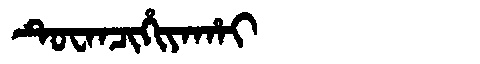
Manchu: ᡨᡠᠸᠠᠨᠴᡳᡥᡳᠶᠠᡥᠠᡳ
Romanization: TUWANCIHIYAHAI